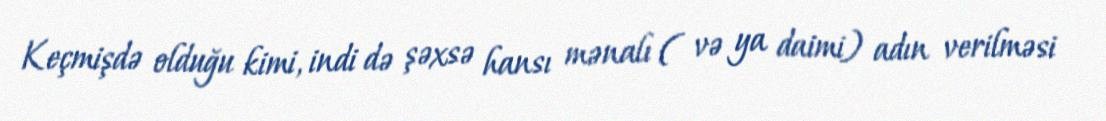
Keçmişdə olduğu kimi, indi də şəxsə hansı mənalı ( və ya daimi) adın verilməsi